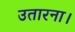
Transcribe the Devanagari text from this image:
उतारना।